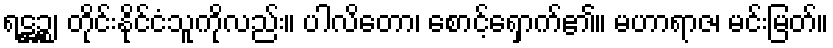
ရဋ္ဌဉ္စ၊ တိုင်းနိုင်ငံသူကိုလည်း။ ပါလိတော၊ စောင့်ရှောက်၏။ မဟာရာဇ၊ မင်းမြတ်။